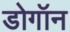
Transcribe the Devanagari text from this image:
डोगॉन